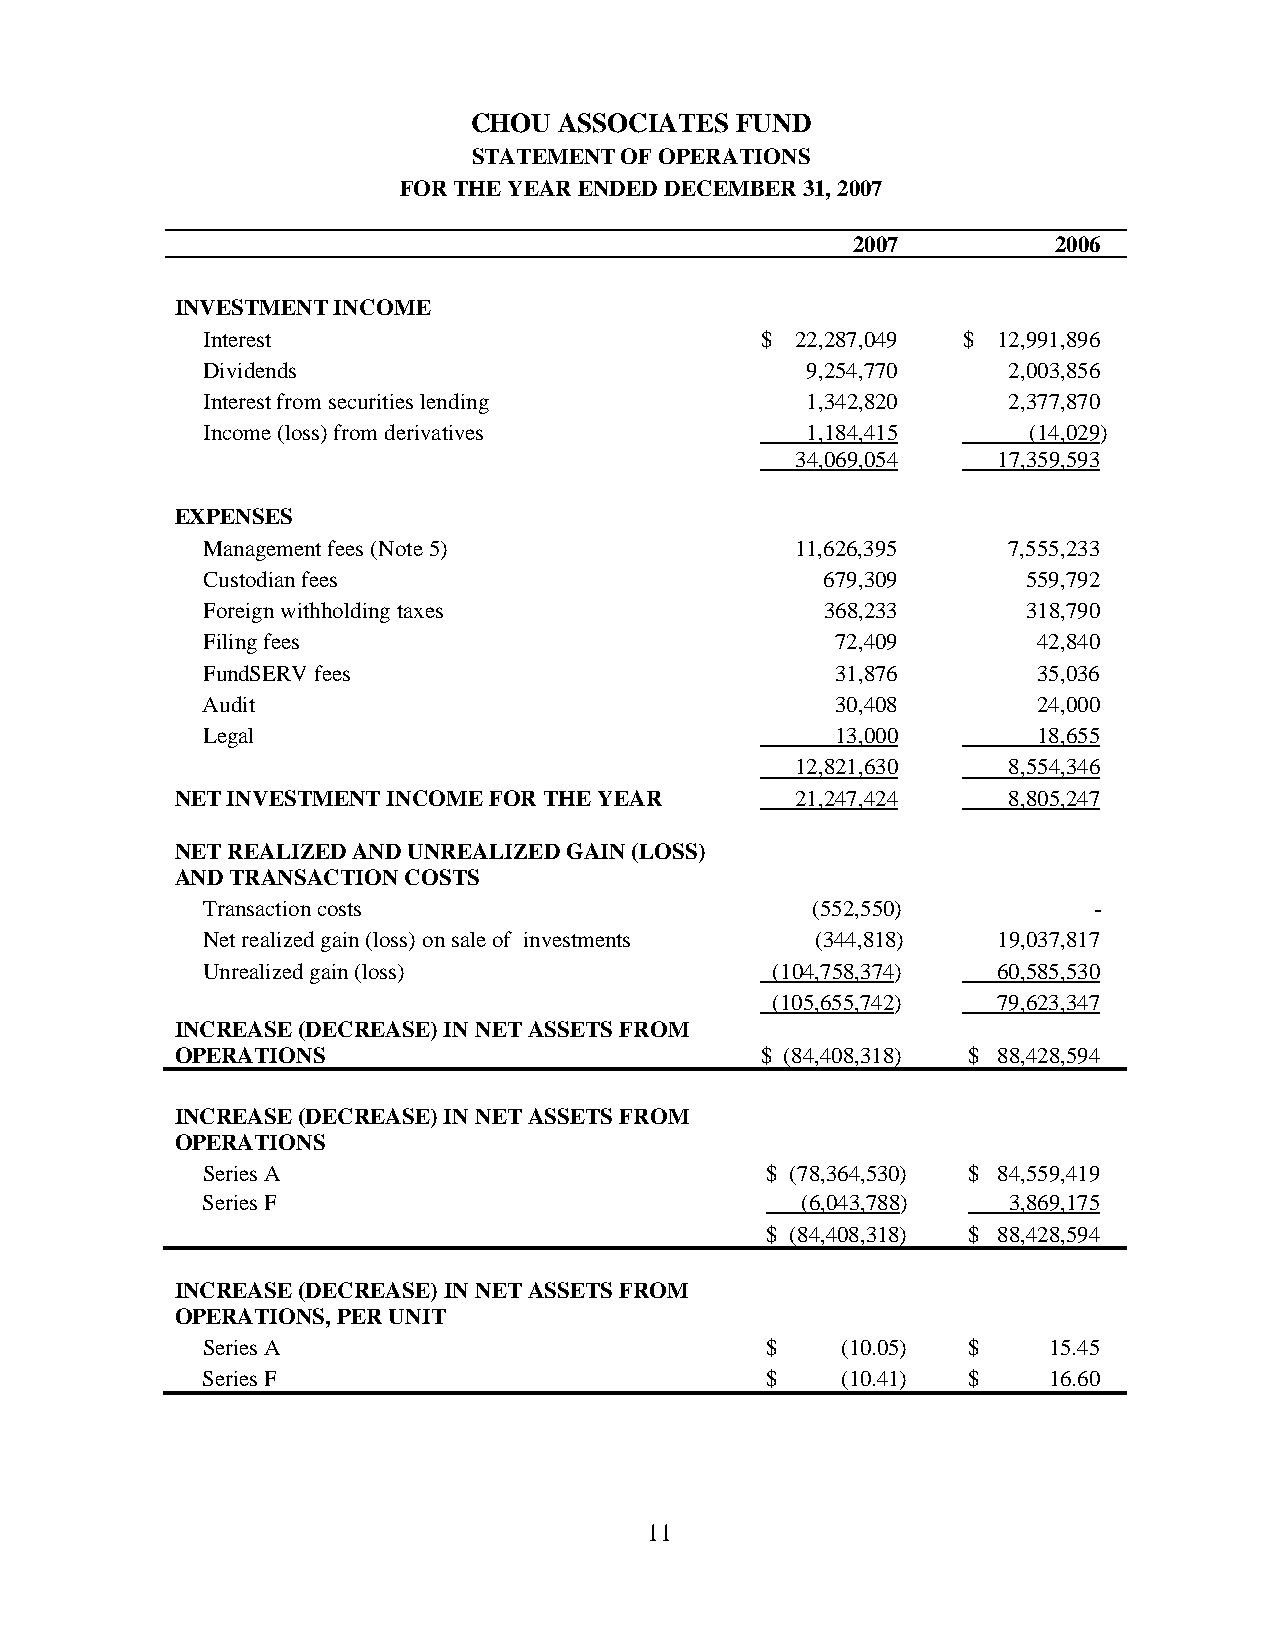
CHOU  ASSOCIATES  FUND
 STATEMENT OF OPERATIONS
 FOR THE YEAR ENDED DECEMBER 31, 2007
 2007          2006
 INVESTMENT INCOME
 Interest                             $  22,287,049 $ 12,991,896
 Dividends                               9,254,770     2,003,856
 Interest from securities lending        1,342,820     2,377,870
 Income (loss) from derivatives          1,184,415      (14,029)
 34,069,054   17,359,593
 EXPENSES
 Management fees (Note 5)                11,626,395    7,555,233
 Custodian fees                            679,309      559,792
 Foreign withholding taxes                 368,233      318,790
 Filing fees                               72,409        42,840
 FundSERV fees                             31,876        35,036
 Audit                                     30,408        24,000
 Legal                                     13,000        18,655
 12,821,630    8,554,346
 NET INVESTMENT INCOME FOR THE YEAR       21,247,424    8,805,247
 NET REALIZED AND UNREALIZED GAIN (LOSS)
 AND TRANSACTION COSTS
 Transaction costs                        (552,550)         -
 Net realized gain (loss) on sale of investments (344,818) 19,037,817
 Unrealized gain (loss)                (104,758,374)  60,585,530
 (105,655,742)  79,623,347
 INCREASE (DECREASE) IN NET ASSETS FROM
 OPERATIONS                            $ (84,408,318) $ 88,428,594
 INCREASE (DECREASE) IN NET ASSETS FROM
 OPERATIONS
 Series A                              $ (78,364,530) $ 84,559,419
 Series F                                (6,043,788)   3,869,175
 $ (84,408,318) $ 88,428,594
 INCREASE (DECREASE) IN NET ASSETS FROM
 OPERATIONS, PER UNIT
 Series A                              $    (10.05) $    15.45
 Series F                              $    (10.41) $    16.60
 11